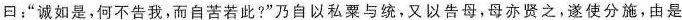
曰：”诚如是，何不告我，而自苦若此?”乃自以私粟与统，又以告母，母亦贤之，遂使分施，由是